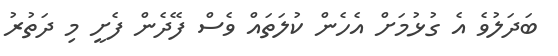
ބަދަލުވެ އެ ގުޅުމަށް އެހެން ކުލަތައް ވެސް ފޭދެން ފެށީ މި ދަތުރު